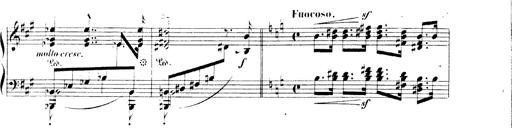
Title: 3 Chansons
Composer: Franz Liszt